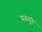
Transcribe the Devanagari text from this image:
गळगुंडे